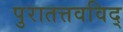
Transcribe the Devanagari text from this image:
पुरातत्तवविद्